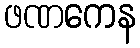
ဖဏကေန